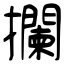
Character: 攔